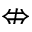
\nLeftrightarrow